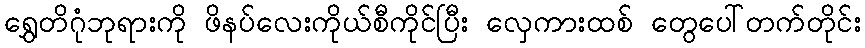
ရွှေတိဂုံဘုရားကို ဖိနပ်လေးကိုယ်စီကိုင်ပြီး လှေကားထစ် တွေပေါ်တက်တိုင်း